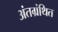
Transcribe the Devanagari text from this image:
अंतग्रंथित